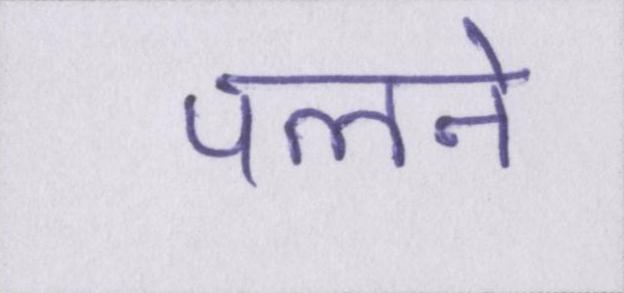
पलने